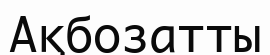
Ақбозатты